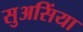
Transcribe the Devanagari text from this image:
सुअसिंया